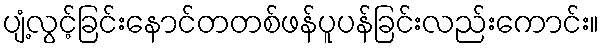
ပျံ့လွင့်ခြင်းနောင်တတစ်ဖန်ပူပန်ခြင်းလည်းကောင်း။